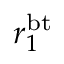
r _ { 1 } ^ { \mathrm { b t } }